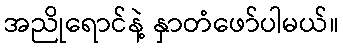
အညိုရောင်နဲ့ နှာတံဖော်ပါမယ်။